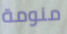
منومة